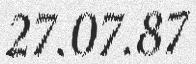
27.07.87